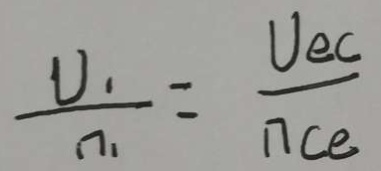
\frac { U _ { 1 } } { n _ { 1 } } = \frac { U _ { e C } } { n _ { c e } }